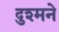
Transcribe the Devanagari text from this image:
दुश्मने